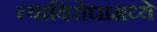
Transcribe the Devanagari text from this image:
त्याविरोधामध्ये